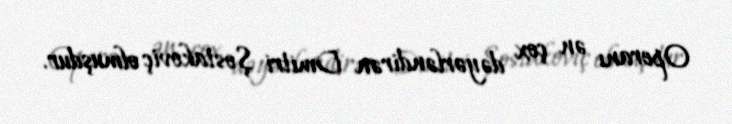
Operanı ən çox dəyərləndirən Dmitri Şostakoviç olmuşdur.